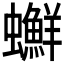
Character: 𧕇